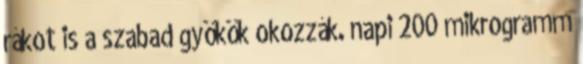
rákot is a szabad gyökök okozzák. napi 200 mikrogramm